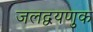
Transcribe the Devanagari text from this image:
जलद्वयणुक